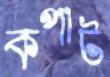
কপাট